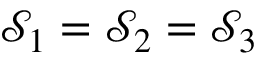
\mathcal { S } _ { 1 } = \mathcal { S } _ { 2 } = \mathcal { S } _ { 3 }